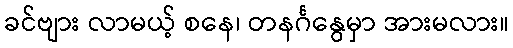
ခင်ဗျား လာမယ့် စနေ၊ တနင်္ဂနွေမှာ အားမလား။